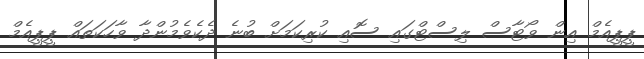
ޕީޕީއެމް އިން ވޯޓާސް ލިސްޓްގައި ސޮއި ކުރިކަމަށް ބުނެ ދެކެވެމުންދާ ވާހަކަތައް ޕީޕީއެމް